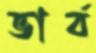
ভার্ব